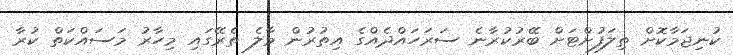
ކުނިޖަމާކޮށް ތިލަފުށްޓަށް ބޭރުކުރާނެ ސަރަހައްދެއްގެ އިތުރުން މާލެ ތެރޭގައި މިހާރު މަސައްކަތް ކުރާ